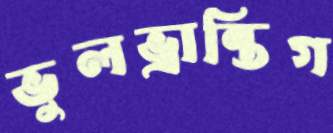
ভুলভ্রান্তিগ